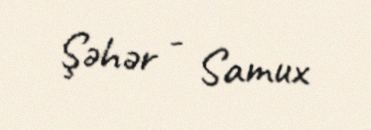
Şəhər - Samux